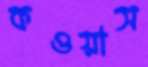
কওয়াস